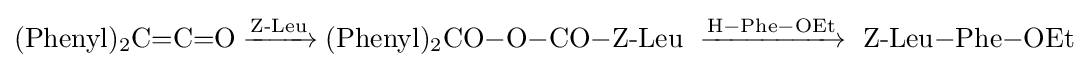
{(\mathrm {Phenyl} ){\vphantom {A}}_{\smash[{t}]{2}}\mathrm {C} {=}\mathrm {C} {=}\mathrm {O} {}\mathrel {\xrightarrow {\text{Z-Leu}} } {}(\mathrm {Phenyl} ){\vphantom {A}}_{\smash[{t}]{2}}\mathrm {CO} {-}\mathrm {O} {-}\mathrm {CO} {-}}{\text{Z-Leu }}{{}\mathrel {\xrightarrow {\mathrm {H} {-}\mathrm {Phe} {-}\mathrm {OEt} } } {}}{\text{ Z-Leu}}{{-}\mathrm {Phe} {-}\mathrm {OEt} }